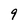
Character: 9